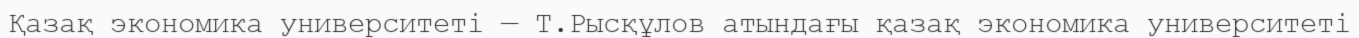
Қазақ экономика университеті — Т.Рысқұлов атындағы қазақ экономика университеті